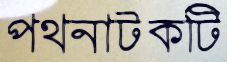
পথনাটকটি